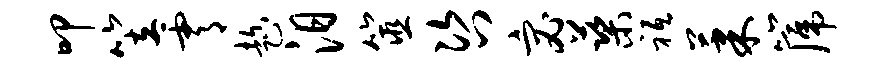
叩笠霄趁汨筮咨宓蕖祗果篪